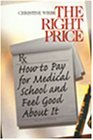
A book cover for The Right Price: How to Pay for Medical School and Feel Good About It [Paperback] [1999] 1 Ed. Christine Wiebe; Christine Wiebe; Education & Teaching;